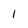
Character: 1